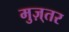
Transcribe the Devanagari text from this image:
मुज़्तर